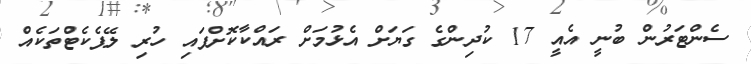
ސެންޓަރުން ބުނީ އެއީ 17 ކުދިންގެ ގަޔަށް އެޅުމަށް ރައްކާކޮށްފައި ހުރި ލޭޕެކެޓްތަކެއް